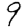
Digit: 9